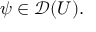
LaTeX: \psi \in { \mathcal { D } } ( U ) .